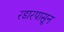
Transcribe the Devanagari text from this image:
रडारपासून